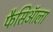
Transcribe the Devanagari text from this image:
फैसिऑला